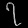
Digit: ၇